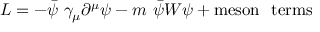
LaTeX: { \cal { L } } = - \bar { \psi } ~ \gamma _ { \mu } \partial ^ { \mu } \psi - m ~ \bar { \psi } W \psi + \mathrm { m e s o n ~ ~ t e r m s }